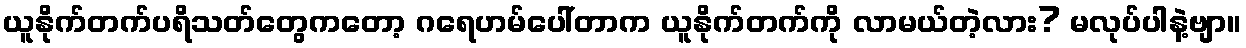
ယူနိုက်တက်ပရိသတ်တွေကတော့ ဂရေဟမ်ပေါ်တာက ယူနိုက်တက်ကို လာမယ်တဲ့လား? မလုပ်ပါနဲ့ဗျာ။